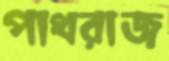
পাথরাজ